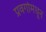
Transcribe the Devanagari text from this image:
प्रवर्गामधून